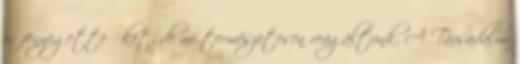
is fenyegette őket, de mi természetesen reagáltunk. A Társadalmi